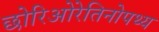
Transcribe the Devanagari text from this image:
छोरिओरेतिनोपथ्य